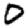
Digit: 0